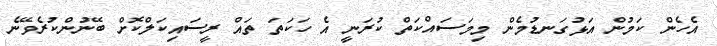
އެހެން ކަމުން އަޅުގަނޑުމެން މިމަސައްކަތް ކުރަނީ އެ ހަކަތަ ތައް ރީސައިކަލްކޮށް ބޭނުންކުރެވޭނެ